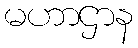
မဟာဌာန